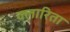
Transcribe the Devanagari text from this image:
क्लारिता